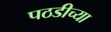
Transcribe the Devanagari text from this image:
पठडीच्या